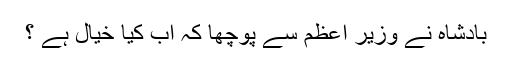
بادشاہ نے وزیر اعظم سے پوچھا کہ اب کیا خیال ہے ؟